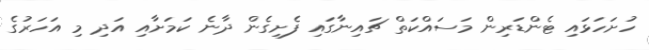
ހުށަހަޅައި ޓެންޑަރިން މަސައްކަތް ޗައިނާގައި ފެށިގެން ދާނެ ކަމަށާއި އަދި މި އަހަރުގެ